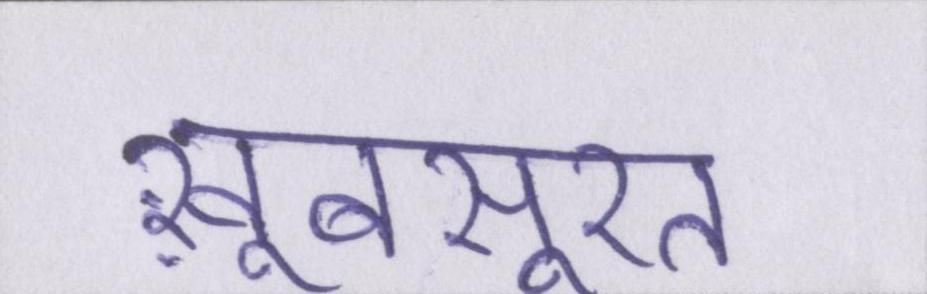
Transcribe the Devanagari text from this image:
ख़ूबसूरत